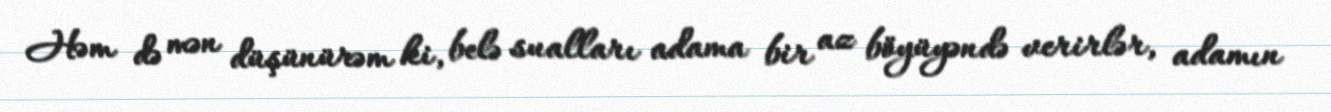
Həm də mən düşünürəm ki, belə sualları adama bir az böyüyəndə verirlər, adamın